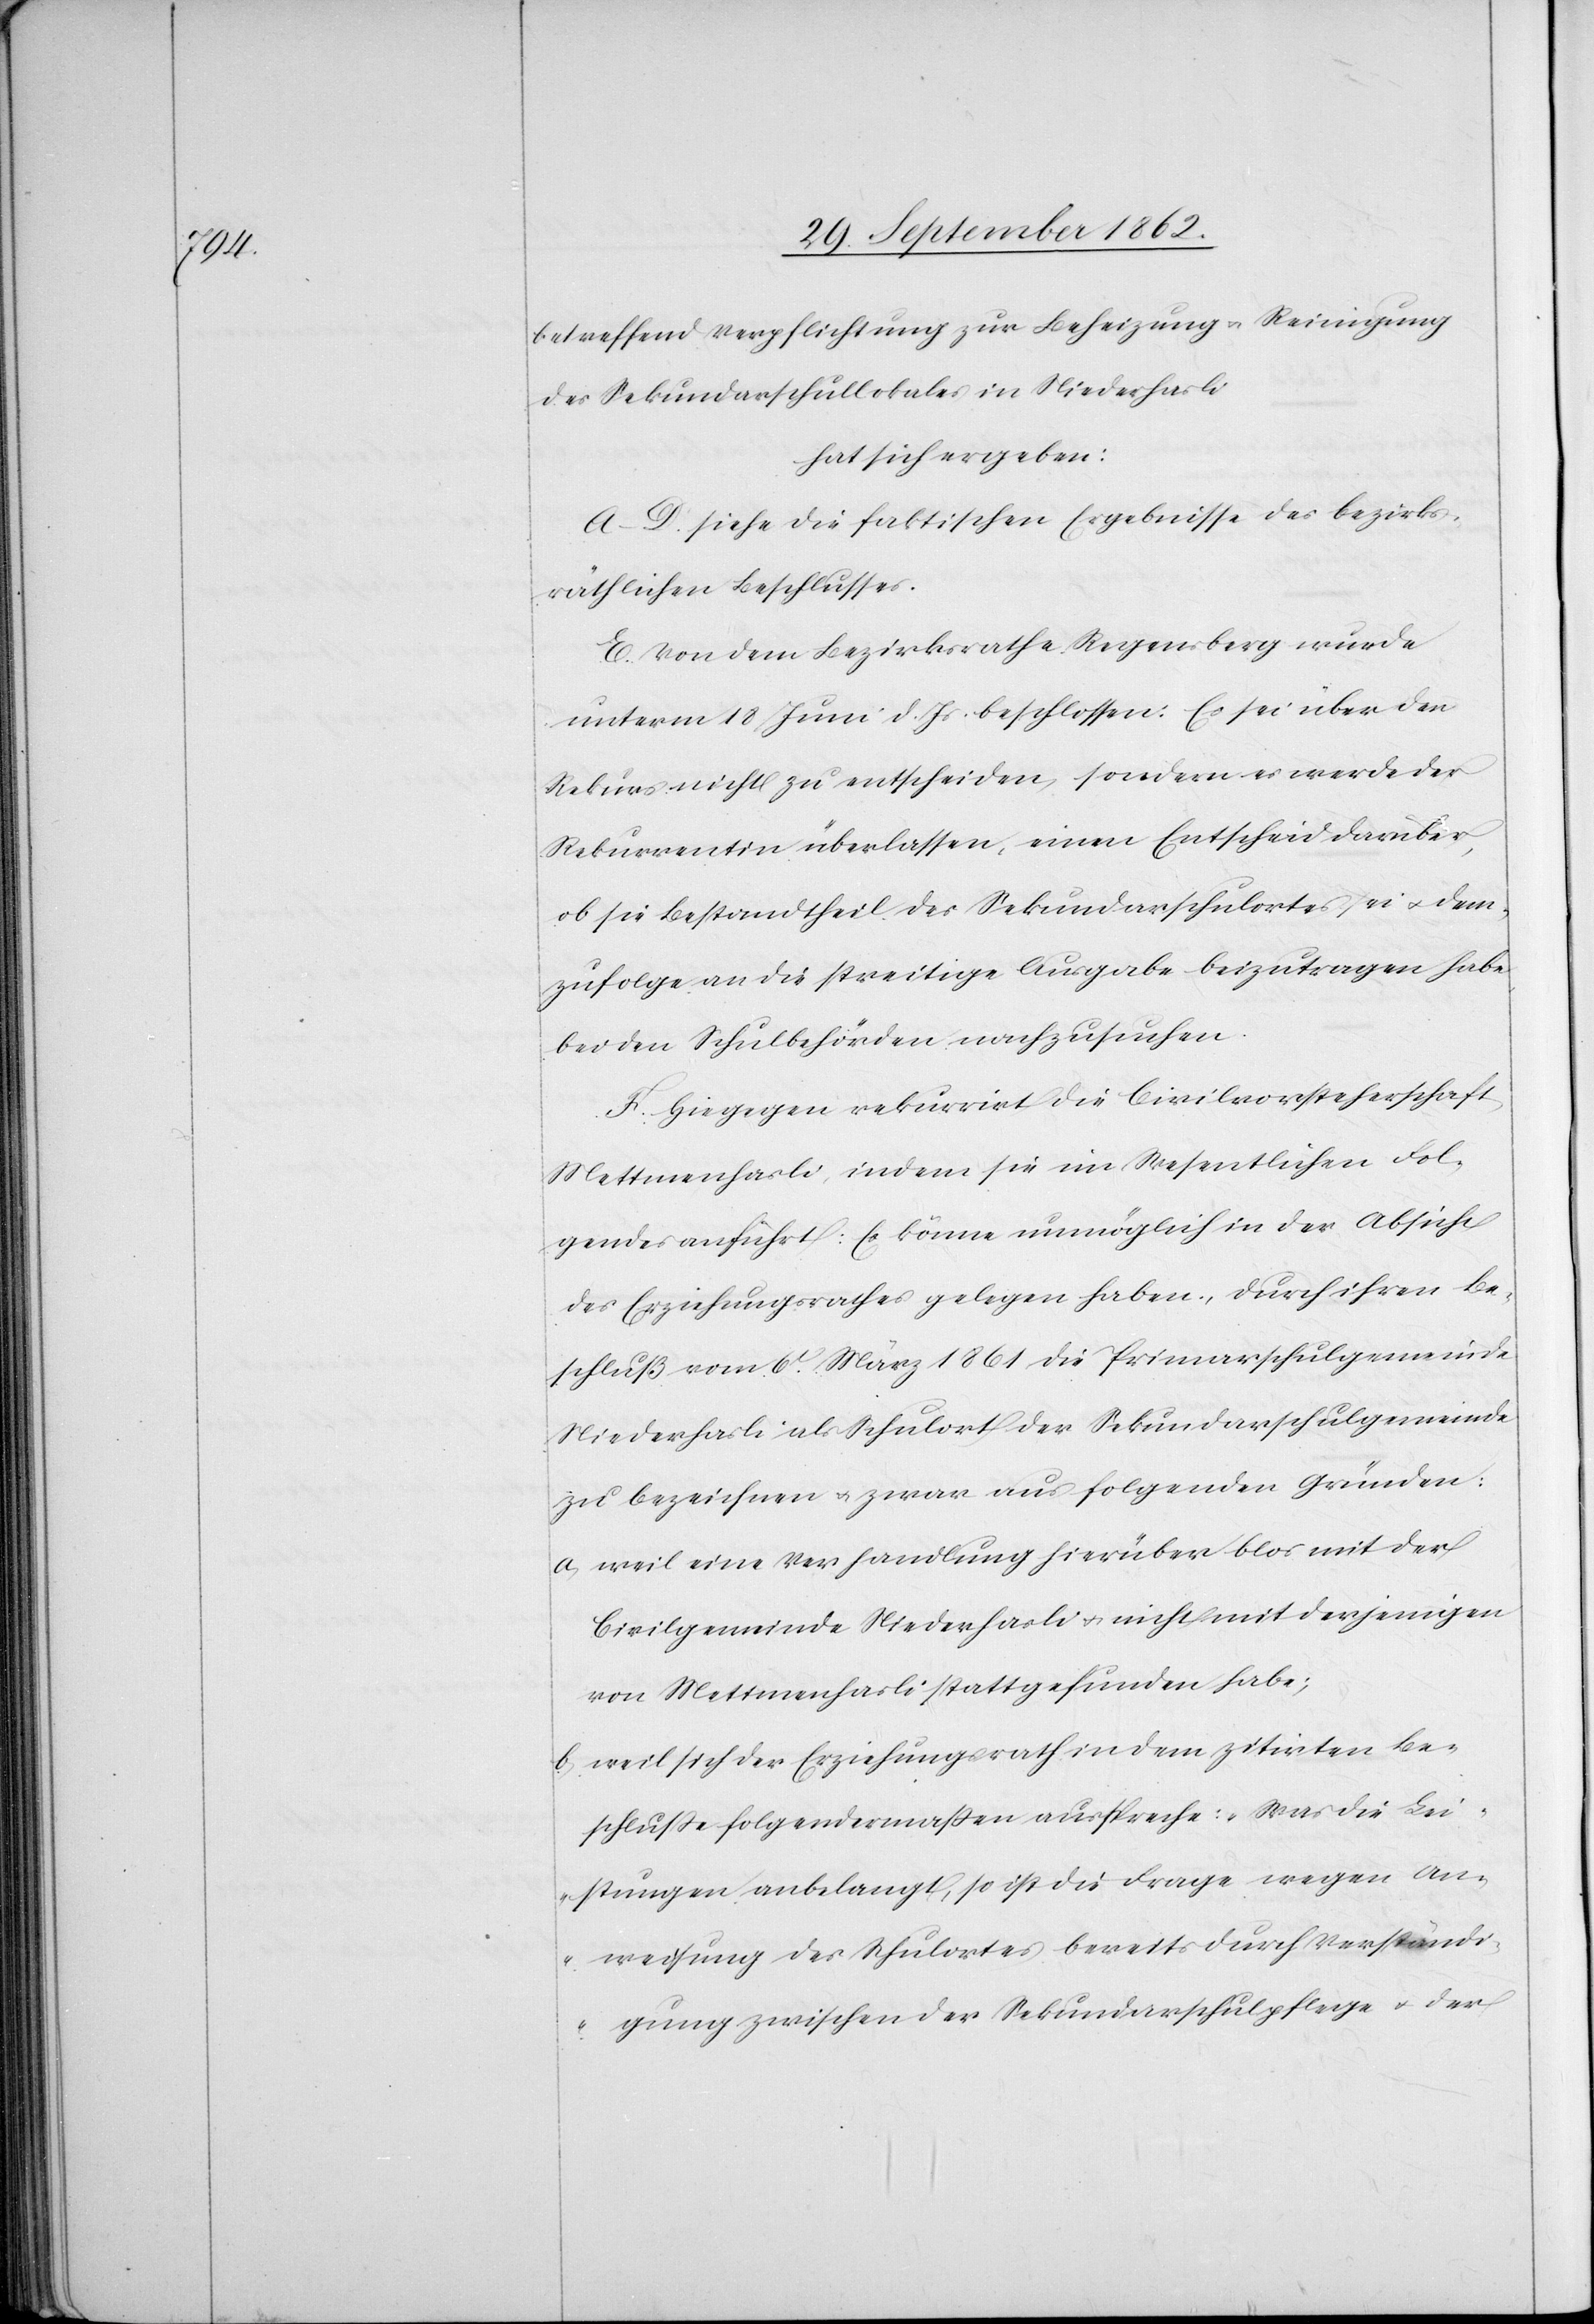
betreffend Verpflichtung zur Beheizung u. Reinigung
des Sekundarschullokales in Niederhasli
hat sich ergeben
A–D. siehe die faktischen Ergebnisse des bezirks¬
räthlichen Beschlusses.
E. Von dem Bezirksrathe Regensberg wurde
unterm 18. Juni d. Js. beschlossen: Es sei über den
Rekurs nicht zu entscheiden, sondern es werde der
Rekurrentin überlassen, einen Entscheid darüber,
ob sie Bestandtheil des Sekundarschulortes sei u. dem¬
zufolge an die streitige Ausgabe beizutragen habe
bei den Schulbehörden nachzusuchen.
F. Hiegegen rekurrirt die Civilvorsteherschaft
Mettmenhasli, indem sie im Wesentlichen Fol¬
gendes anführt: Es könne unmöglich in der Absicht
des Erziehungsrathes gelegen haben, durch ihren Be¬
schluß vom 6t März 1861 die Primarschulgemeinde
Niederhasli als Schulort der Sekundarschulgemeinde
zu bezeichnen u. zwar aus folgenden Gründen:
a. weil eine Verhandlung hierüber blos mit der
Civilgemeinde Niederhasli u. nicht mit derjenigen
von Mettmenhasli stattgefunden habe;
b. weil sich der Erziehungsrath in dem zitirten Be¬
schluße folgendermaßen ausspreche: „Was die Lei¬
stungen anbelangt, so ist die Frage wegen An¬
weisung des Schulortes bereits durch Verständi¬
gung zwischen der Sekundarschulpflege u. der